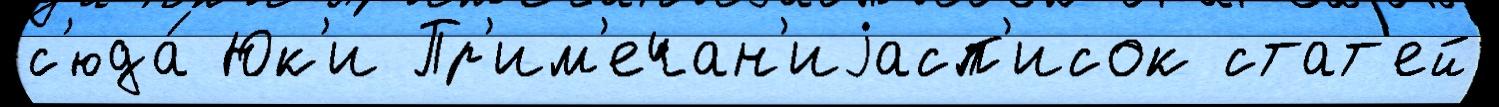
с'юда́ Юк'и Пр'им'ечан'иjасп'исок стат'ей